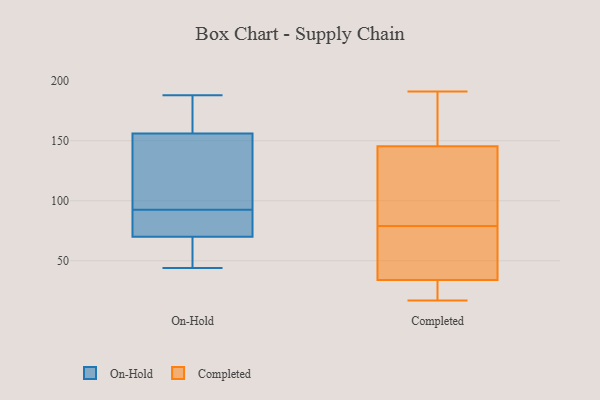
{"axis": {"x": "Active Users", "y": "Value"}, "legend": ["Completed", "On-Hold"], "data": [{"x": "", "y": 81, "type": "On-Hold"}, {"x": "", "y": 172, "type": "On-Hold"}, {"x": "", "y": 63, "type": "On-Hold"}, {"x": "", "y": 44, "type": "On-Hold"}, {"x": "", "y": 188, "type": "On-Hold"}, {"x": "", "y": 66, "type": "On-Hold"}, {"x": "", "y": 74, "type": "On-Hold"}, {"x": "", "y": 140, "type": "On-Hold"}, {"x": "", "y": 98, "type": "On-Hold"}, {"x": "", "y": 127, "type": "On-Hold"}, {"x": "", "y": 172, "type": "On-Hold"}, {"x": "", "y": 87, "type": "On-Hold"}, {"x": "", "y": 118, "type": "Completed"}, {"x": "", "y": 150, "type": "Completed"}, {"x": "", "y": 91, "type": "Completed"}, {"x": "", "y": 50, "type": "Completed"}, {"x": "", "y": 40, "type": "Completed"}, {"x": "", "y": 141, "type": "Completed"}, {"x": "", "y": 67, "type": "Completed"}, {"x": "", "y": 112, "type": "Completed"}, {"x": "", "y": 172, "type": "Completed"}, {"x": "", "y": 190, "type": "Completed"}, {"x": "", "y": 27, "type": "Completed"}, {"x": "", "y": 28, "type": "Completed"}, {"x": "", "y": 25, "type": "Completed"}, {"x": "", "y": 191, "type": "Completed"}, {"x": "", "y": 17, "type": "Completed"}, {"x": "", "y": 45, "type": "Completed"}]}